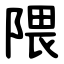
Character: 隈